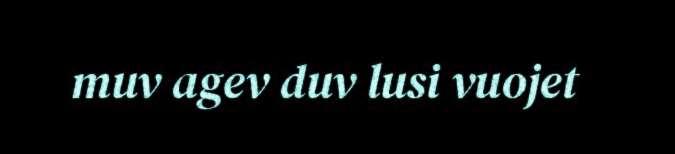
muv agev duv lusi vuojet